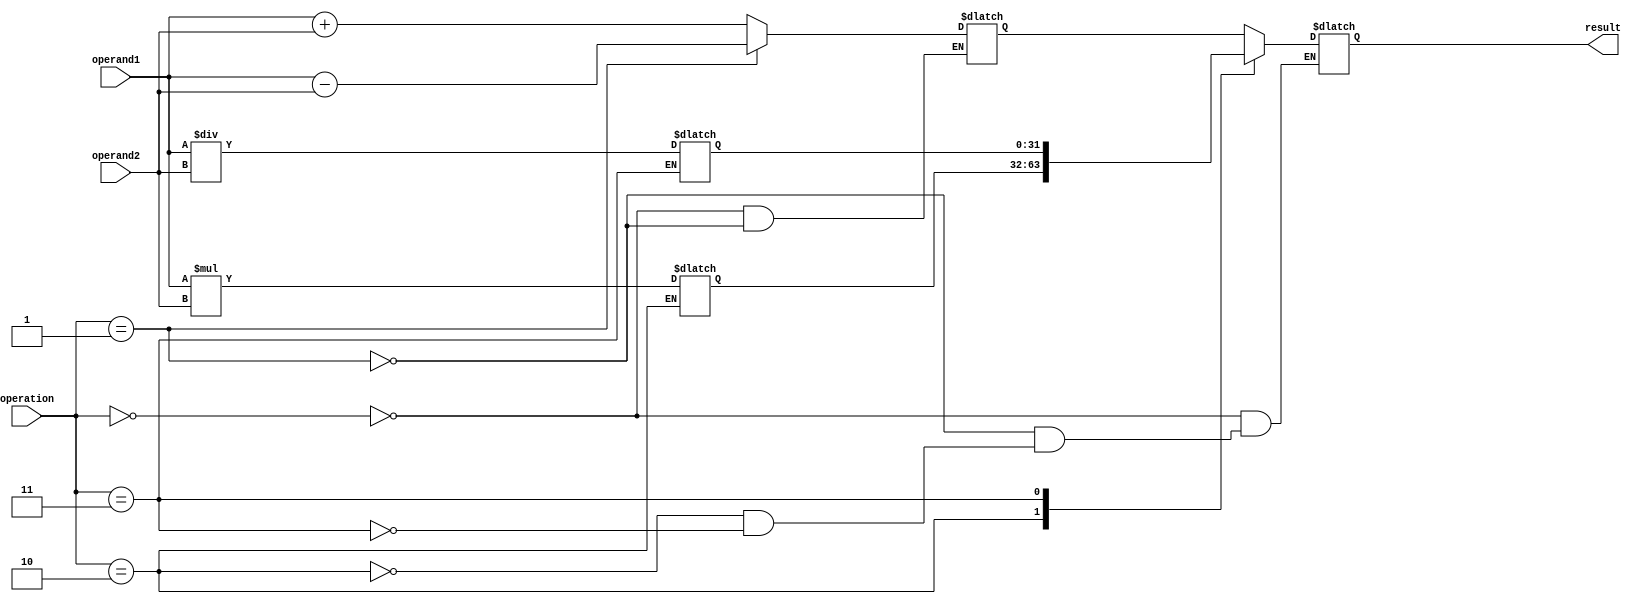
module floating_point_unit (input [31:0] operand1, input [31:0] operand2, input [3:0] operation, output reg [31:0] result);

    reg [31:0] add_sub_result;
    reg [63:0] mul_result;
    reg [31:0] div_result;

    always @(*) begin
        case(operation)
            4'b0000: begin // addition
                add_sub_result = operand1 + operand2;
            end
            4'b0001: begin // subtraction
                add_sub_result = operand1 - operand2;
            end
            4'b0010: begin // multiplication
                mul_result = operand1 * operand2;
            end
            4'b0011: begin // division
                div_result = operand1 / operand2;
            end
            // add cases for other arithmetic operations as needed
        endcase
    end

    always @(*) begin
        case(operation)
            4'b0000: begin // addition
                result = add_sub_result;
            end
            4'b0001: begin // subtraction
                result = add_sub_result;
            end
            4'b0010: begin // multiplication
                result = mul_result[31:0];
            end
            4'b0011: begin // division
                result = div_result;
            end
            // add cases for other arithmetic operations as needed
        endcase
    end

endmodule